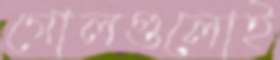
গোলগুলোই